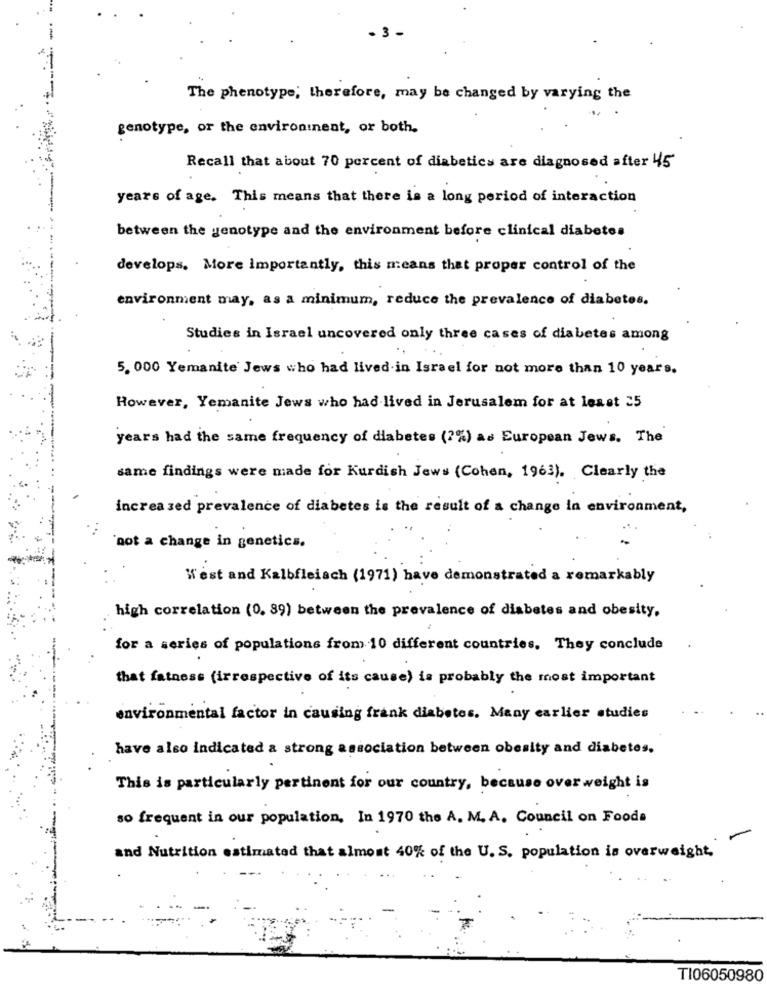
. 3
The phenotype; therefore, may be changed by varying the
genotype, or the environinent, or both.
Recall that about 70 percent of diabetics are diagnosed after 45
years of age. This means that there is a long period of interaction
between the genotype and the environment before clinical diabetes
develops. More Importantly, this means that proper control of the
environment may, as a minimum, reduce the prevalence of diabetes.
Studies in Israel uncovered only three cases of diabetes among
5. 000 Yemanite Jews who had lived in Israel for not more than 10 years.
However, Yemanite Jews who had lived in Jerusalem for at least 25
years had the same frequency of diabetes (?%) as European Jews. The
same findings were made for Kurdish Jews (Cohen, 1963). Clearly the
increased prevalence of diabetes is the result of a change in environment,
not a change in genetics.
West and Kalbfleisch (1971) have demonstrated a remarkably
high correlation (0. 39) between the prevalence of diabetes and obesity,
for a series of populations from 10 different countries, They conclude
that fatness (irrespective of its cause) is probably the most important
environmental factor in causing frank diabetes. Many earlier studies
have also indicated a strong association between obesity and diabetes.
This is particularly pertinent for our country, because over weight is
so frequent in our population, In 1970 the A. M. A. Council on Foods
and Nutrition estimated that almost 40% of the U. S. population is overweight.
TI06050980